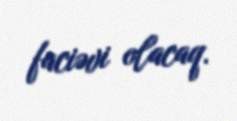
faciəvi olacaq.